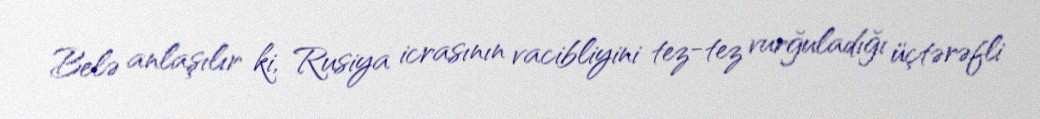
Belə anlaşılır ki, Rusiya icrasının vacibliyini tez-tez vurğuladığı üçtərəfli